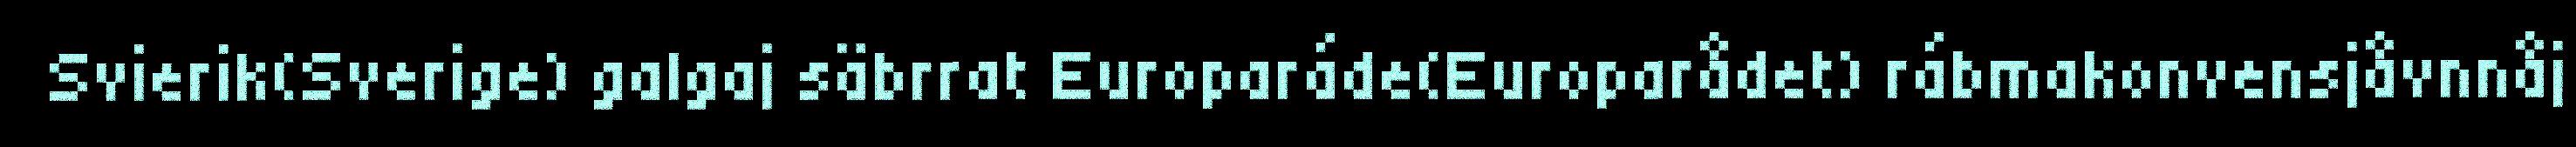
Svierik(Sverige) galgaj säbrrat Europaráde(Europarådet) rábmakonvensjåvnnåj